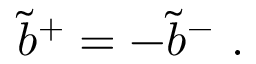
\tilde { b } ^ { + } = - \tilde { b } ^ { - } ~ .